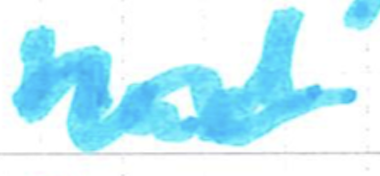
Text: had
Cross-out: wave
Writing tool: marker